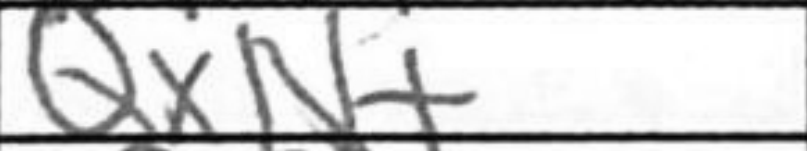
Transcription: QxN+